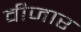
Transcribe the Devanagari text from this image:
वीजार